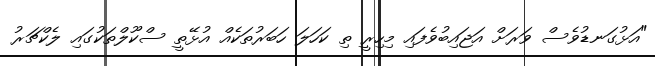
"އަޅުގަނޑުވެސް ވަރަށް އަޖައިބުވެފައި މިހިރީ ތި ކަަހަލަ ހަބަރުތަކެއް އުޅޭތީ ސްކޫލްތަކުގައި ލެކްޗަރު